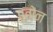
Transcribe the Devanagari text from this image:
बूतोन